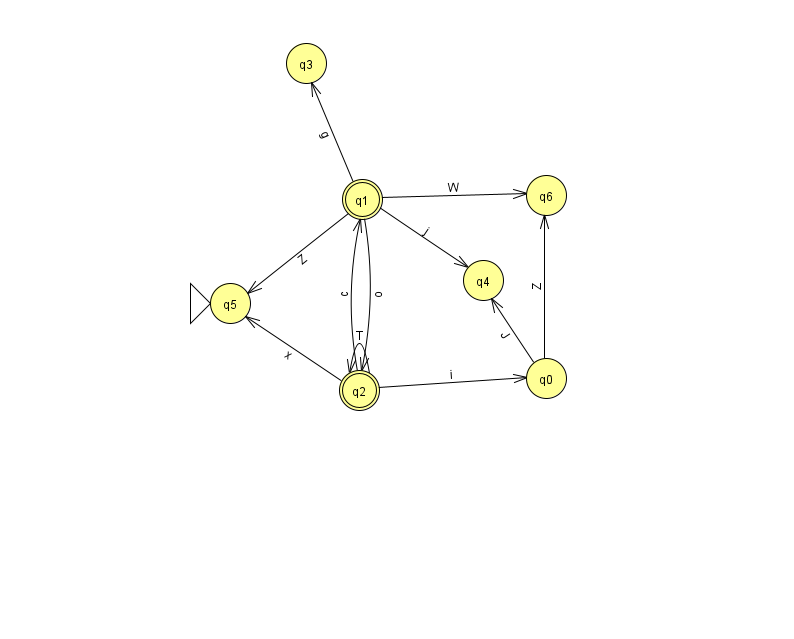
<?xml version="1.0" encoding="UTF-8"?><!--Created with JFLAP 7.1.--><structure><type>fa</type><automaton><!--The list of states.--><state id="0" name="q0"><x>546.0</x><y>365.0</y></state><state id="1" name="q1"><x>362.0</x><y>186.0</y><final/></state><state id="2" name="q2"><x>359.0</x><y>377.0</y><final/></state><state id="3" name="q3"><x>306.0</x><y>50.0</y></state><state id="4" name="q4"><x>483.0</x><y>267.0</y></state><state id="5" name="q5"><x>230.0</x><y>290.0</y><initial/></state><state id="6" name="q6"><x>546.0</x><y>182.0</y></state><!--The list of transitions.--><transition><from>1</from><to>3</to><read>g</read></transition><transition><from>0</from><to>6</to><read>Z</read></transition><transition><from>1</from><to>6</to><read>W</read></transition><transition><from>2</from><to>2</to><read>T</read></transition><transition><from>2</from><to>5</to><read>x</read></transition><transition><from>1</from><to>4</to><read>j</read></transition><transition><from>1</from><to>2</to><read>o</read></transition><transition><from>0</from><to>4</to><read>J</read></transition><transition><from>2</from><to>1</to><read>c</read></transition><transition><from>2</from><to>0</to><read>i</read></transition><transition><from>1</from><to>5</to><read>Z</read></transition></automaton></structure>